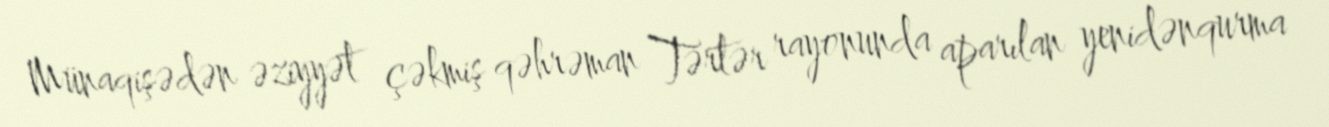
Münaqişədən əziyyət çəkmiş qəhrəman Tərtər rayonunda aparılan yenidənqurma